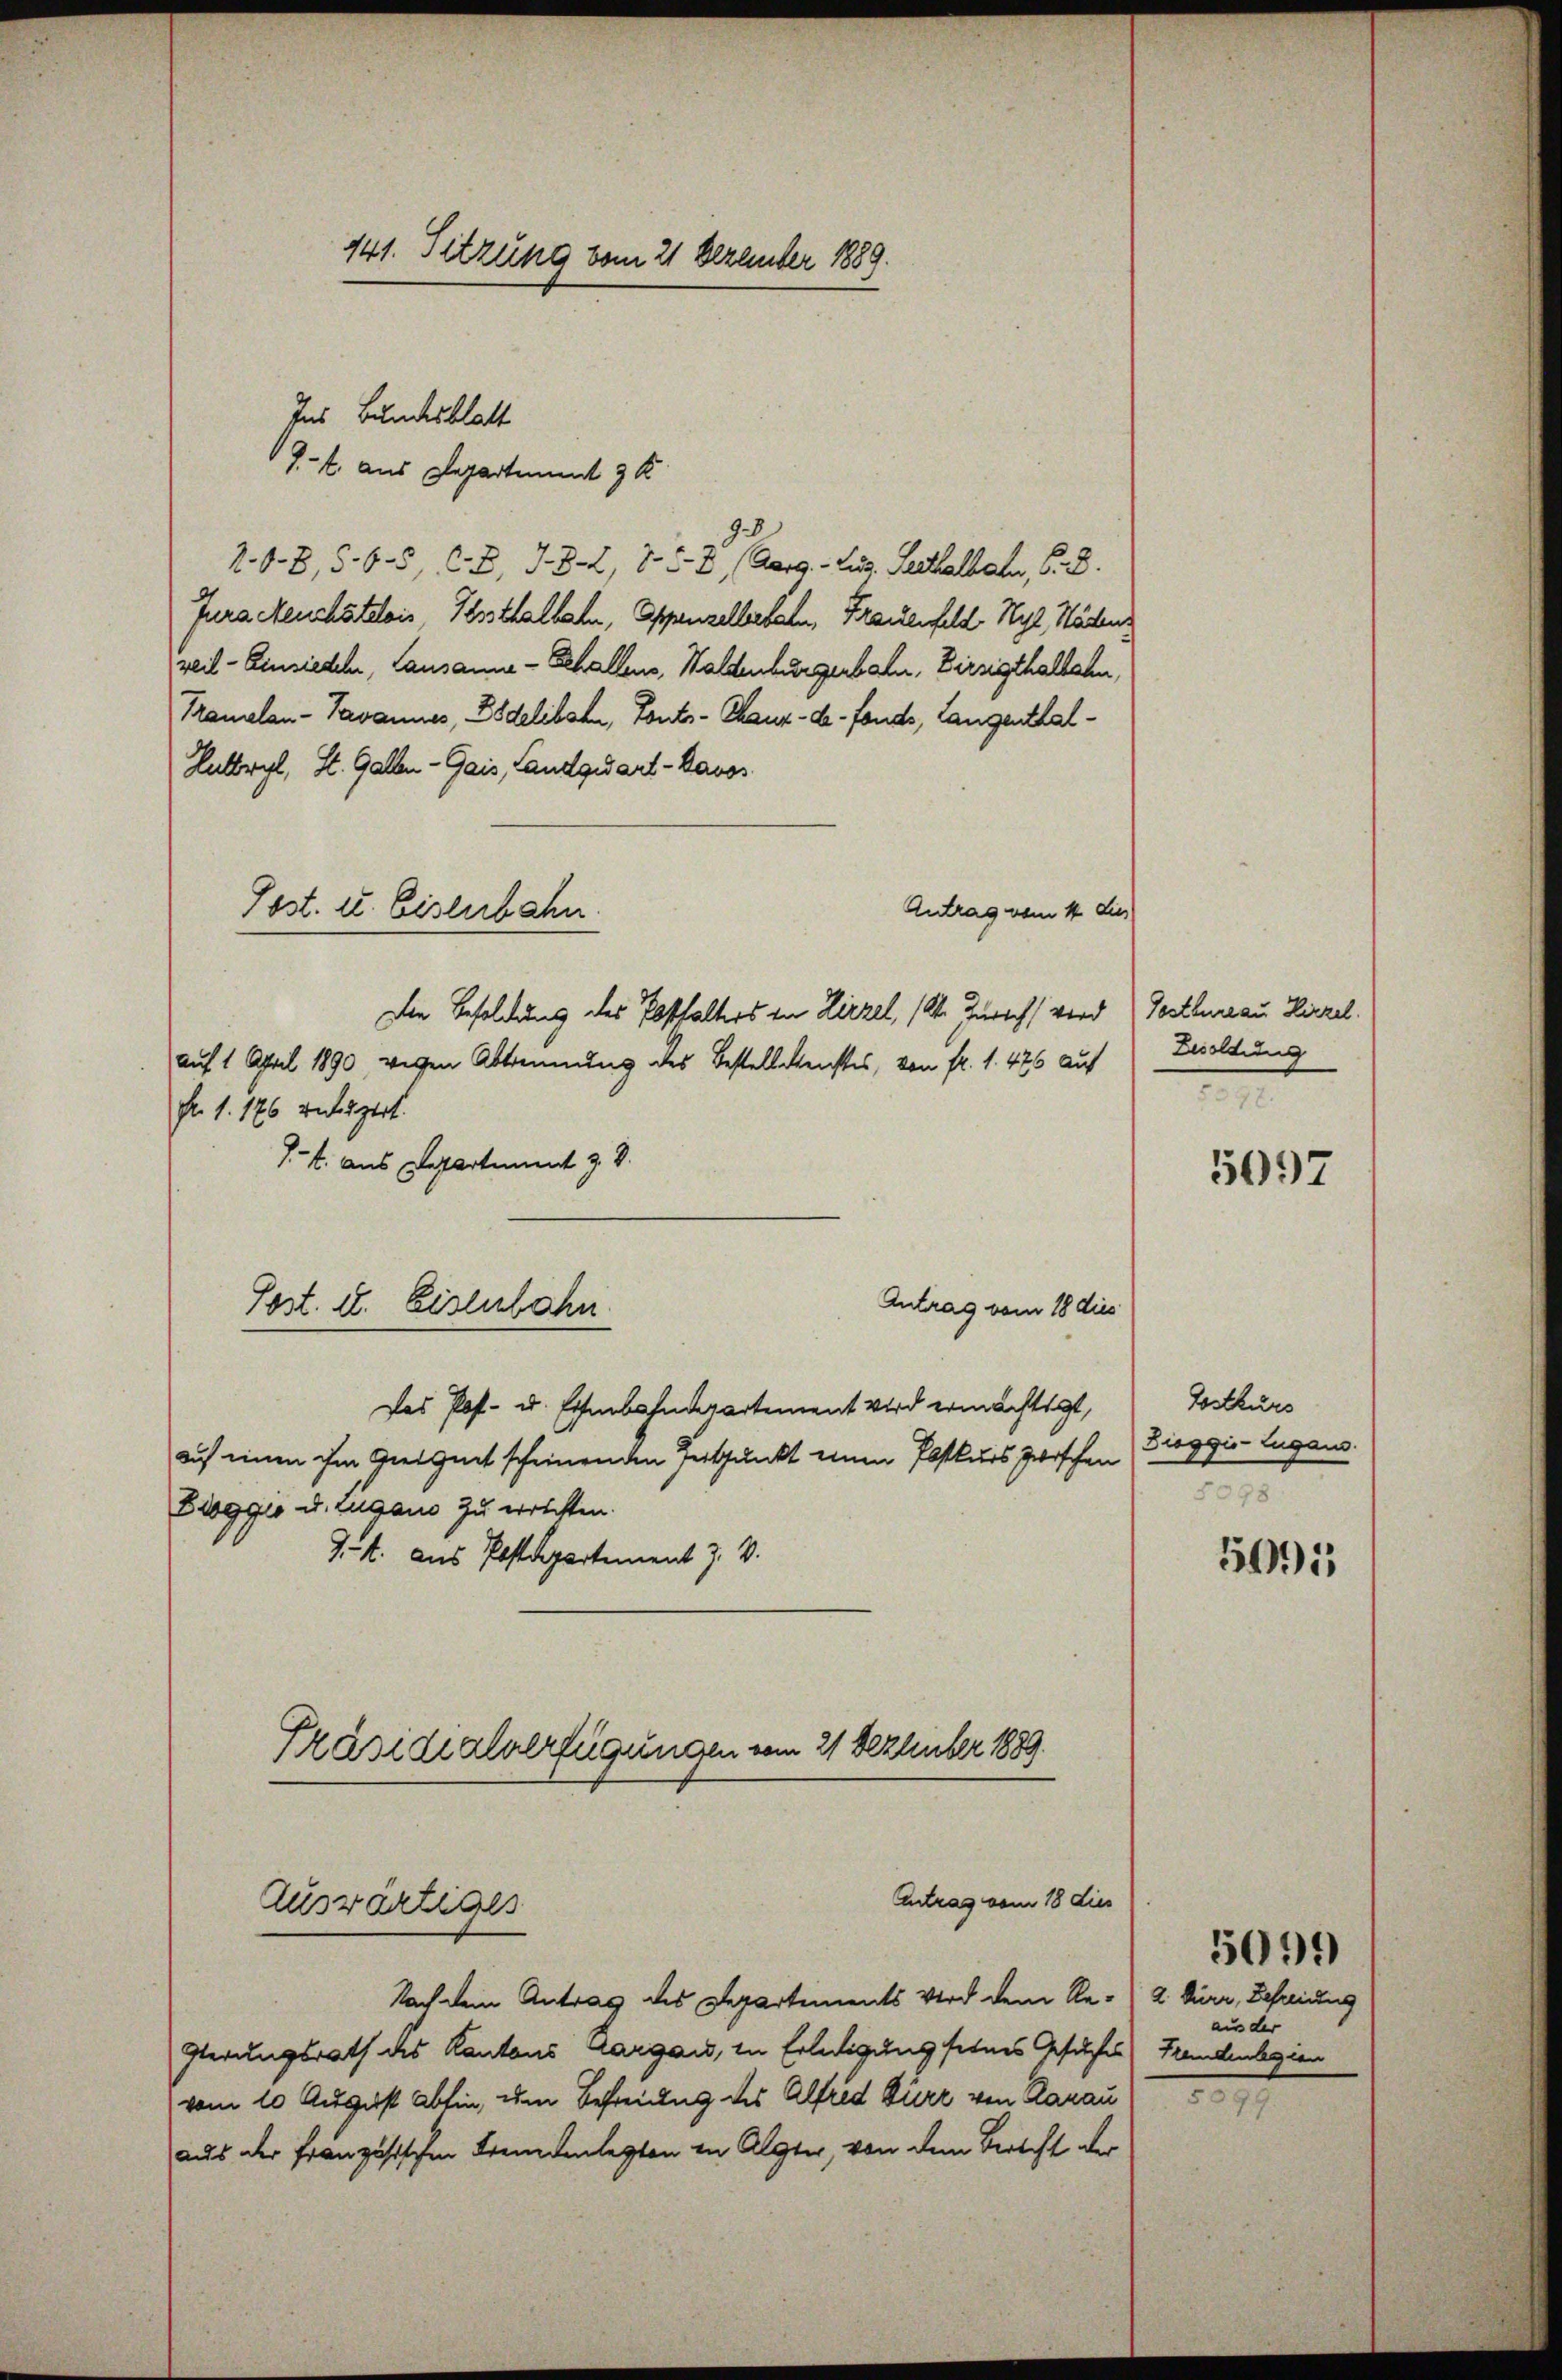
141. Sitzung vom 21 Dezember 1889.

2. d. 8, 5. 65, 6, 782, 7 u. 2 (Aarg. - Zug, Saalbahn, 6. 8.
Jura Reuchâtelois, Krsthalbahn, Appenzelbefeln, Frauenfeld. Wyl, Städten
weil–Einsiedeln, Lausanna - Schallens, Waldenburgerbahn, Dirzigthalbahn,
Tramelan-Pavannes, Psdelibata, Tonts-Chaux-de-Fonds, Langenthal¬
Hutbryl, St. Gallen - Gais, Landquart - Davos
Antrag vom 14. dies
Post. u. Eisenbahn.
auf 1 April 1890 wegen Abtrennung des Bestellenstes, von fr. 1. 476 auf
Nr. 1. 176 untergert.
J.. aus Departement z. B.
Antrag vom 18 dies
Post. u. Eisenbahn
Das Post- u. Eisenbahndepartement wird ermächtigt,
auf einen ihm geeignet scheinenden Zeitpunkt einen Postkurs zwischen Zieggio-Lugans.
Boggio u. Lugano zu errichten.
94. aus Postdepartement J. V.
Präsidialverfügungen vom 21 Dezember 1889.

Ins Bundesblatt
J.- 4. aus Departient 3 K

Die Besoldung des Posthalters in Hirzel, Kt. Züricht wird

Antrag vom 18 dies
Auswärtiges

Nach dem Antrag des Departements wird dem Re¬
Glerungsrath des Kantons Aargau, in Erledigung seines Gesuches
vom 10 August abhin, um Befreiung des Alfred Dürr von Aarau
aus der Französischen Fremdenlegten in Algter, von dem Bericht der

Tostbureau Hirzel.
Besoldung

Tostkurs
78

2. Dürr, Befreiung
aus der
Fremdenlegien

5097

3

5691

5099